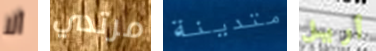
ألا مرتدي متدينة أريل